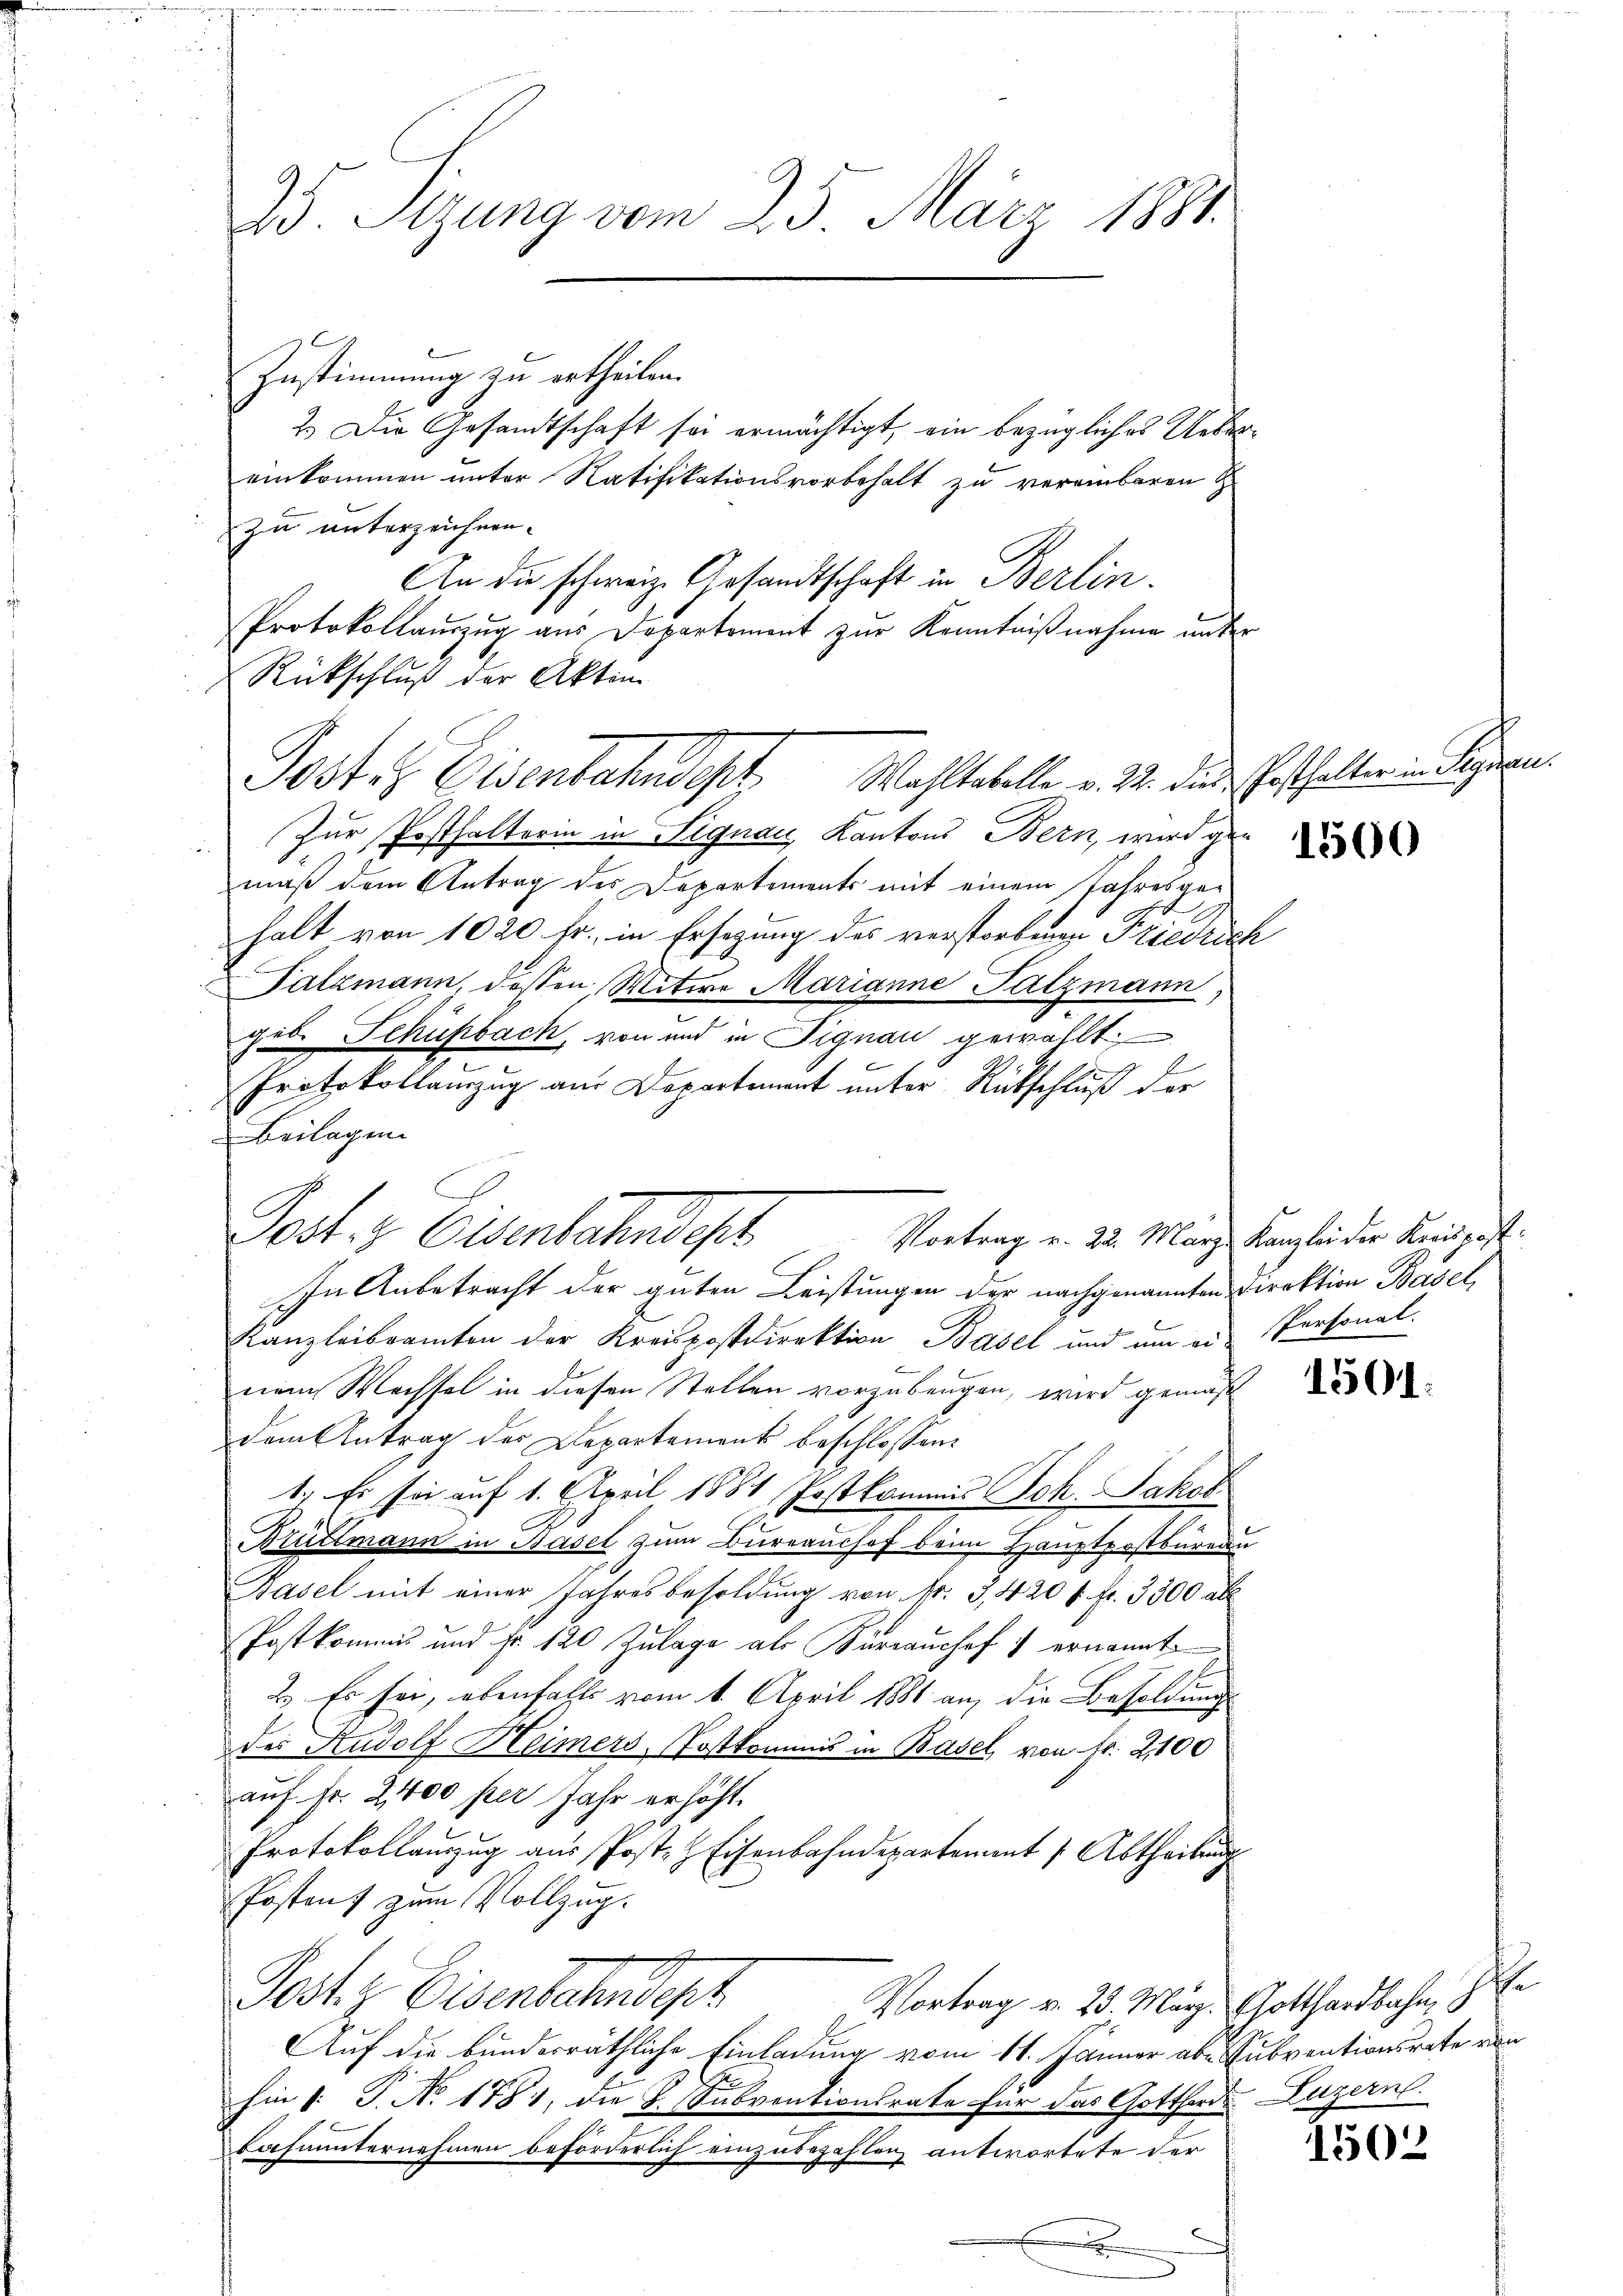
25. Sizung vom 25. März 1881.

Zustimmung zu ertheilen.
2.) Die Gesandtschaft sei ermächtigt, ein bezügliches Uebereinkommen unter Ratifikationsvorbehalt zu vereinbaren
zu unterzeichnen.
An die schweiz. Gesandtschaft in Berlin.
Protokollauszug aus Departement zur Kenntnißnahme unter
Rückschluß der Akten
Zur Posthalterin in Signau, Kantons Bern, wird gen
mäß dem Antrag des Departements mit einem Jahresgehalt von 1020 fr., in Ersezung des verstorbenen Friedrich
Salzmann, dessen Witwe Marianne Salzmann
gib. Schupbach, von und in Signau gewählt
c
Protokollanzug am Departement unter Rückschluß der
Beilagen
Post. v. Eisenbachendest
In Anbetracht der guten Leistungen der nachgenannten Direktion Basel,
Kanzleibeamten der Kreispostdirektion Basel und um ei Personal-
eiem Wechsel in diesen Stellen vorzubeugen, wird gemäß
dem Antrag der Departement beschlossen:
1. Es sei auf 1. April 1881 (Postkommis Joh. Jakob
Bruttmann in Basel zum Bureaushof beim Hauptpostbureau
Basel mit einer Jahresbesoldung von fr. 3, 420 f. fr. 3300 all
Postkommnis und Fr. 120 Zulage als Kurrauchef ernannte
2.) Es sei, ebenfalls vom 1. April 1881 an, die Besoldung
des Rudolf Heimers Postkommis in Basel, von Fr. 2100
auf Fr. 2,000 per Jahr erhöht.
Protokollanzug aus Post. Eisenbahndepartement (Abtheilung
Postenz zum Vollzug.
Post. Eisenbahndepr
Vortrag v. 23. März. Gotthardbahn, 7 E
Auf die bunderräthliche Einladung vom 11. Jänner aber Subventionsrate von
hin 1. P. No. 1781, die Subventionsrate für das Gotthard Luzern
bahnunternehmen beförderlich einzubezahlen antwortete der
.

Poster Eisenbahndept. Wahltabelle v. 24. die Gasthalter in Regien

Vortrag u. 22. März, Kanzlei der Kreispost¬

1501.

1502